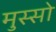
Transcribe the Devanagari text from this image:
मुस्सो